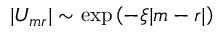
| U _ { m r } | \sim \exp { \left( - \xi | m - r | \right) }